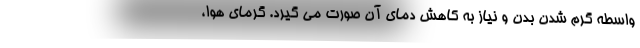
واسطه گرم شدن بدن و نیاز به کاهش دمای آن صورت می گیرد. گرمای هوا،